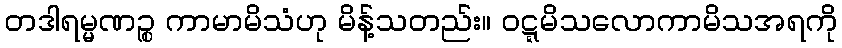
တဒါရမ္မဏဉ္စ ကာမာမိသံဟု မိန့်သတည်း။ ဝဋ္ဋမိသလောကာမိသအရကို